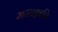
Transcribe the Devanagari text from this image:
ममाङ्गानि